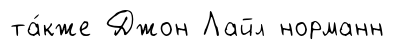
та́кже Джон Лайл норманн